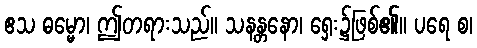
ဧသ ဓမ္မော၊ ဤတရားသည်။ သနန္တနော၊ ရှေး၌ဖြစ်၏။ ပရေ စ၊